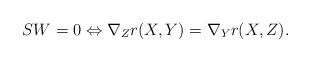
LaTeX: \begin{align*} SW=0 \Leftrightarrow \nabla_Z r(X,Y) = \nabla_Y r(X,Z). \end{align*}